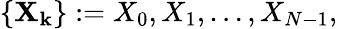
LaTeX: \left\{ \mathbf{X_{k}}\right\} :=X_{0},X_{1},\ldots,X_{N-1},